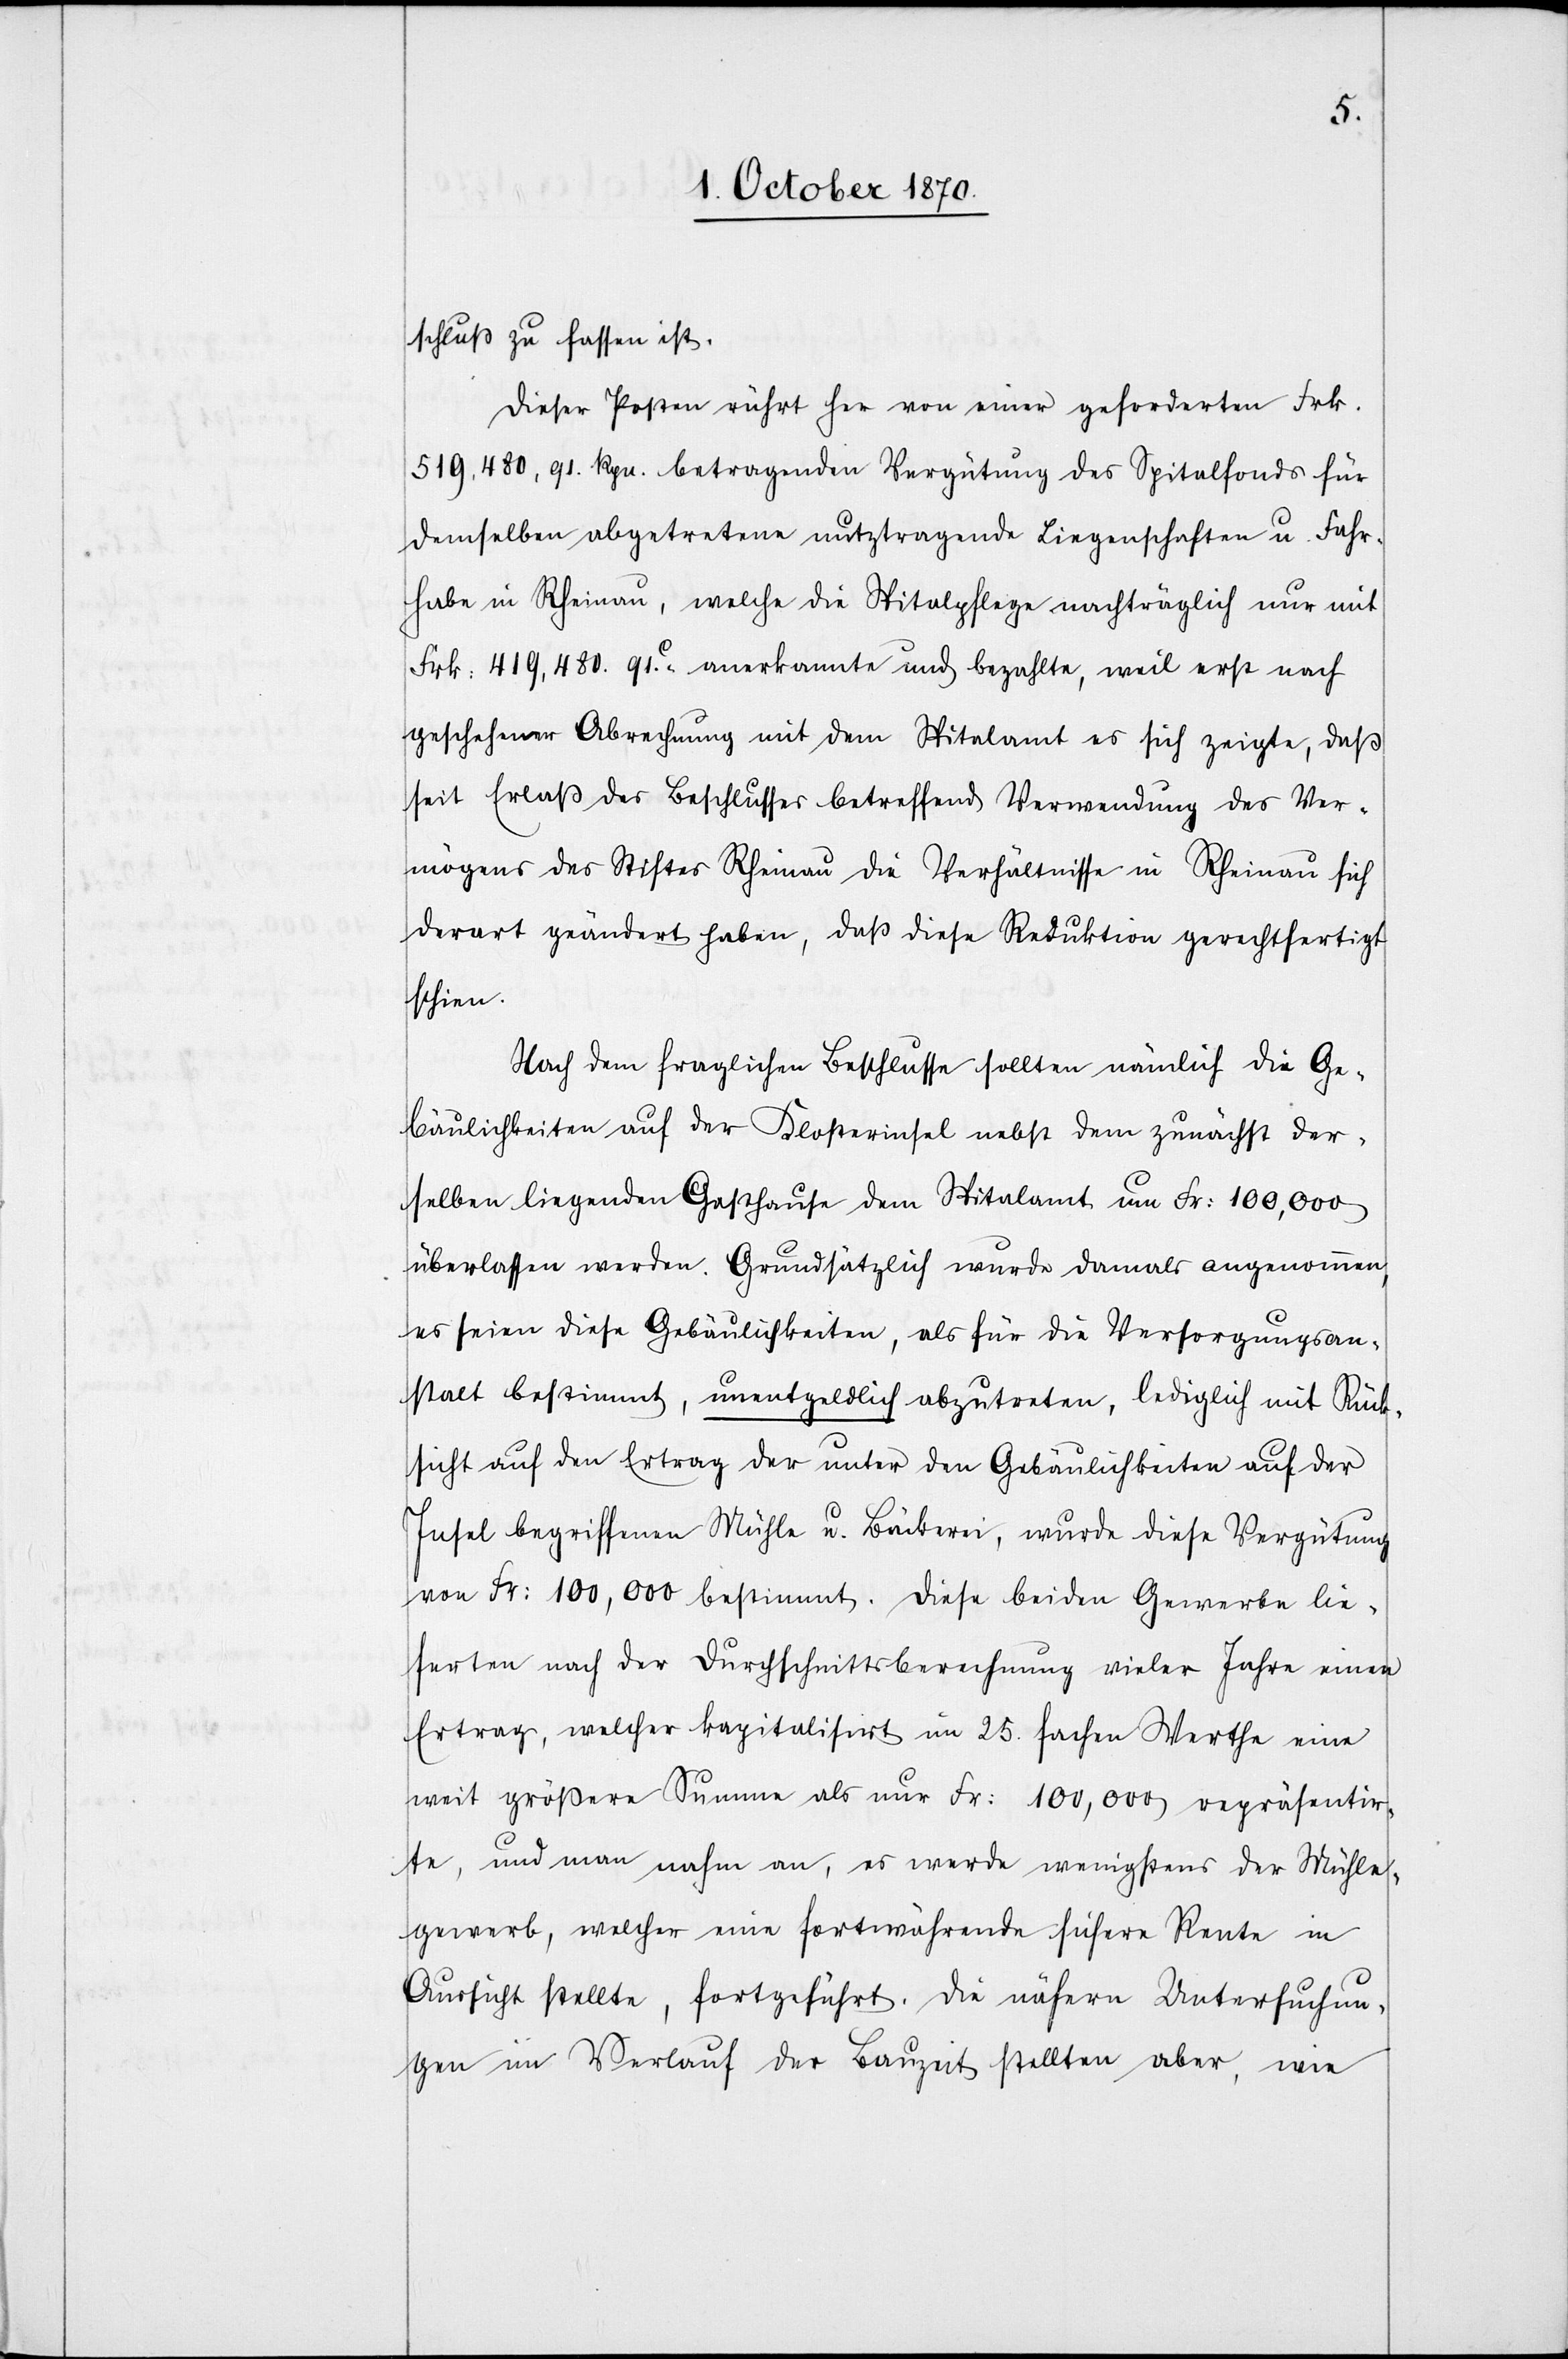
schluß zu fassen ist.
Dieser Posten rührt her von einer geforderten Frk.
519,480.91 Rp. betragenden Vergütung des Spitalfonds für
demselben abgetretene nutztragende Liegenschaften u. Fahr¬
habe in Rheinau, welche die Spitalpflege nachträglich nur mit
Frk. 419,480.91C. anerkannte und bezahlte, weil erst nach
geschehener Abrechnung mit dem Spitalamt es sich zeigte, daß
seit Erlaß des Beschlusses betreffend Verwendung des Ver¬
mögens des Stiftes Rheinau die Verhältnisse in Rheinau sich
derart geändert haben, daß diese Reduktion gerechtfertigt
schien.
Nach dem fraglichen Beschlusse sollten nämlich die Ge¬
bäulichkeiten auf der Klosterinsel nebst dem zunächst der¬
selben liegenden Gasthause dem Spitalamt um Fr. 100,000
überlassen werden. Grundsätzlich wurde damals angenommen,
es seien diese Gebäulichkeiten, als für die Versorgungsan¬
stalt bestimmt, unentgeldlich abzutreten, lediglich mit Rück¬
sicht auf den Ertrag der unter den Gebäulichkeiten auf der
Insel begriffenen Mühle u. Bäckerei, wurde diese Vergütung
von Fr: 100,000 bestimmt. Diese beiden Gewerbe lie¬
ferten nach der Durchschnittsberechnung vieler Jahre einen
Ertrag, welcher kapitalisirt um 25 fachen Werthe eine
weit größere Summe als nur Fr: 100,000 repräsentir¬
te, und man nahm an, es werde wenigstens der Mühle¬
gewerb, welcher eine fortwährende sichere Rente in
Aussicht stellte, fortgeführt. Die nähern Untersuchun¬
gen im Verlauf der Bauzeit stellten aber, wie